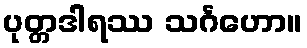
ပုတ္တဒါရဿ သင်္ဂဟော။